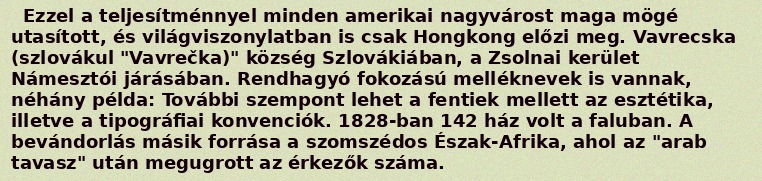
Ezzel a teljesítménnyel minden amerikai nagyvárost maga mögé utasított, és világviszonylatban is csak Hongkong előzi meg. Vavrecska (szlovákul "Vavrečka)" község Szlovákiában, a Zsolnai kerület Námesztói járásában. Rendhagyó fokozású melléknevek is vannak, néhány példa: További szempont lehet a fentiek mellett az esztétika, illetve a tipográfiai konvenciók. 1828-ban 142 ház volt a faluban. A bevándorlás másik forrása a szomszédos Észak-Afrika, ahol az "arab tavasz" után megugrott az érkezők száma.